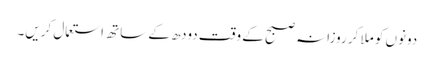
دونوں کو ملا کر روزانہ صبح کے وقت دودھ کے ساتھ استعمال کریں۔